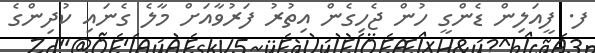
ފ. ފީއަލިން ޑެންގީ ހުން ޖެހިގެން އިތުރު ފަރުވާއަށް މާލެ ގެނައި ކުދިންގެ